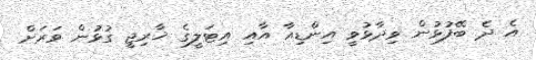
އެ ދެ ބޭފުޅުން ވިދާޅުވީ އިންޑިއާ އާއި އިޓަލީގެ ޚާރިޖީ ގުޅުން ވަރަށް